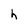
Character: h